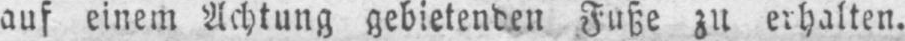
auf einem Achtung gebietenden Fuße zu erhalten.